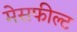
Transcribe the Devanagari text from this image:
मेसफील्ट